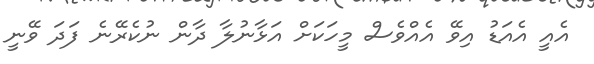
އެއީ އެއަޑު އިވޭ އެއްވެސް މީހަކަށް އަޅާނުލާ ދާން ނުކެރޭނެ ފަދަ ވޭނީ